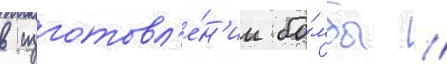
в изготовл'е́н'ии бо́мбы /